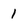
Character: 1